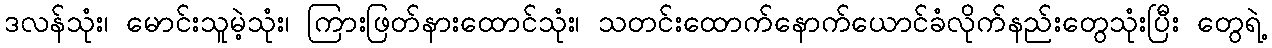
ဒလန်သုံး၊ မောင်းသူမဲ့သုံး၊ ကြားဖြတ်နားထောင်သုံး၊ သတင်းထောက်နောက်ယောင်ခံလိုက်နည်းတွေသုံးပြီး တွေရဲ့